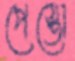
পেস্তো